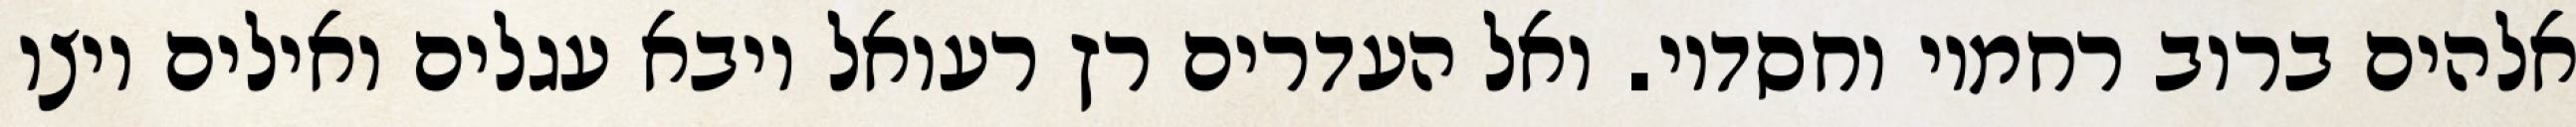
אלהים ברוב רחמיו וחסדיו. ואל העדרים רץ רעואל ויבא עגלים ואילים ויצו